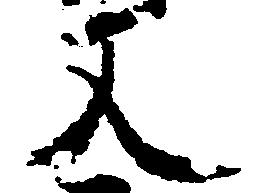
又